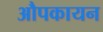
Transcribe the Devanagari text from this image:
औपकायन